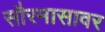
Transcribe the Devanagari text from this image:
सौरमासावर